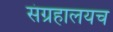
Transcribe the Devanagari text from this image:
संग्रहालयच